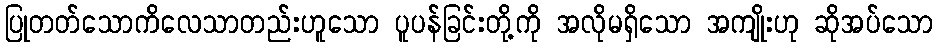
ပြုတတ်သောကိလေသာတည်းဟူသော ပူပန်ခြင်းတို့ကို အလိုမရှိသော အကျိုးဟု ဆိုအပ်သော